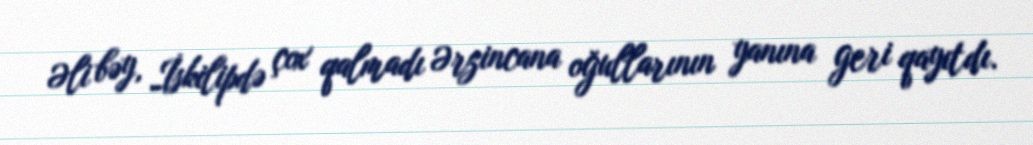
Əli bəy, İskilipdə çox qalmadı Ərzincana oğullarının yanına geri qayıtdı.